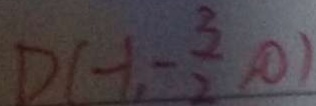
D ( - 1 , - \frac { 3 } { 2 } , 0 )